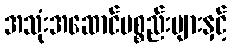
အသုံးအဆောင်ပစ္စည်းများနှင့်